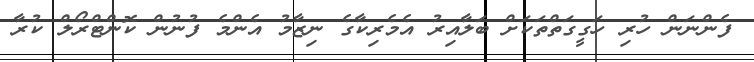
ފެންނަން ހުރި ހަގީގަތްތަކަށް ބަލާއިރު އެމެރިކާގެ ނިޒާމު އެންމެ ފުނުން ކޮންޓްރޯލް ކުރާ